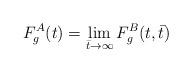
LaTeX: \begin{align*}F_g^A(t) = \lim_{\bar t \to \infty} F_g^B(t,\bar t)\end{align*}